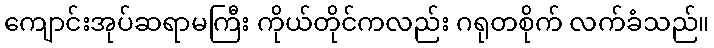
ကျောင်းအုပ်ဆရာမကြီး ကိုယ်တိုင်ကလည်း ဂရုတစိုက် လက်ခံသည်။